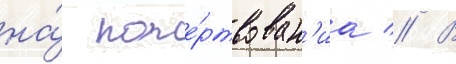
на́ поже́ртвован'иа // В